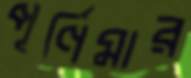
পূর্ণিমার